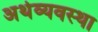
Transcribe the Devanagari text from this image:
अर्थव्यवस्‍था